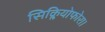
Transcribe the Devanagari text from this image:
सिक्लियोफोरा।